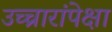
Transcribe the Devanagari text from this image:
उच्चारांपेक्षा